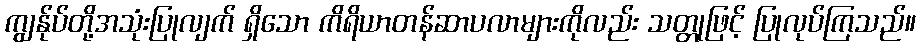
ကျွန်ုပ်တို့အသုံးပြုလျက် ရှိသော ကိရိယာတန်ဆာပလာများကိုလည်း သတ္တုဖြင့် ပြုလုပ်ကြသည်။